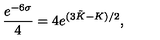
\frac { e ^ { - 6 \sigma } } { 4 } = 4 e ^ { ( 3 \tilde { K } - K ) / 2 } ,